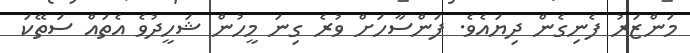
މަންޒަރު ފެނިގެން ދިޔައެވެ. ފަންސާހަށް ވުރެ ގިނަ މީހުން ޝަހީދުވެ އެތައް ސަތޭކަ